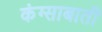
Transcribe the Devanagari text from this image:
कंग्साबाती